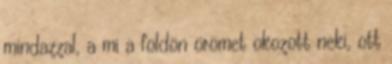
mindazzal, a mi a földön örömet okozott neki, ott